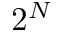
2 ^ { N }